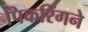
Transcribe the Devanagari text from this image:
पिकरिंगने